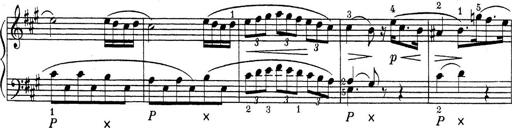
Title: ÄŒeskÃ© Sonatiny
Composer: Various